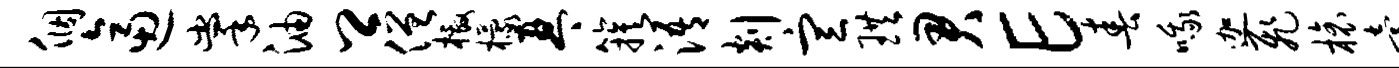
个逼掌油卿僧檄檬琴簇浯剡宣珙君E春哦迦飞榱怠